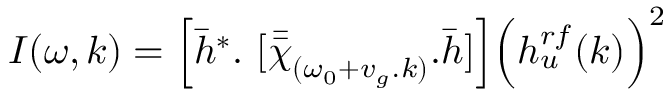
I ( \omega , k ) = \Big [ \bar { h } ^ { * } . ~ [ \bar { \bar { \chi } } _ { ( \omega _ { 0 } + v _ { g } . k ) } . \bar { h } ] \Big ] \Big ( h _ { u } ^ { r f } ( k ) \Big ) ^ { 2 }